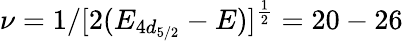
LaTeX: \nu=1/[2(E_{4d_{5/2}}-E)]^{\frac{1}{2}}=20-26